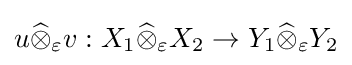
u{\widehat {\otimes }}_{\varepsilon }v:X_{1}{\widehat {\otimes }}_{\varepsilon }X_{2}\to Y_{1}{\widehat {\otimes }}_{\varepsilon }Y_{2}